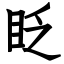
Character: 眨